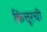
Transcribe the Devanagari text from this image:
कित्तूरची